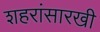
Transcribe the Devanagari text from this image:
शहरांसारखी